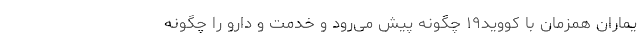
یماران همزمان با کووید۱۹ چگونه پیش می‌رود و خدمت و دارو را چگونه